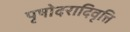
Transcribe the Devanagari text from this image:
पृषोदरादिवृत्ति